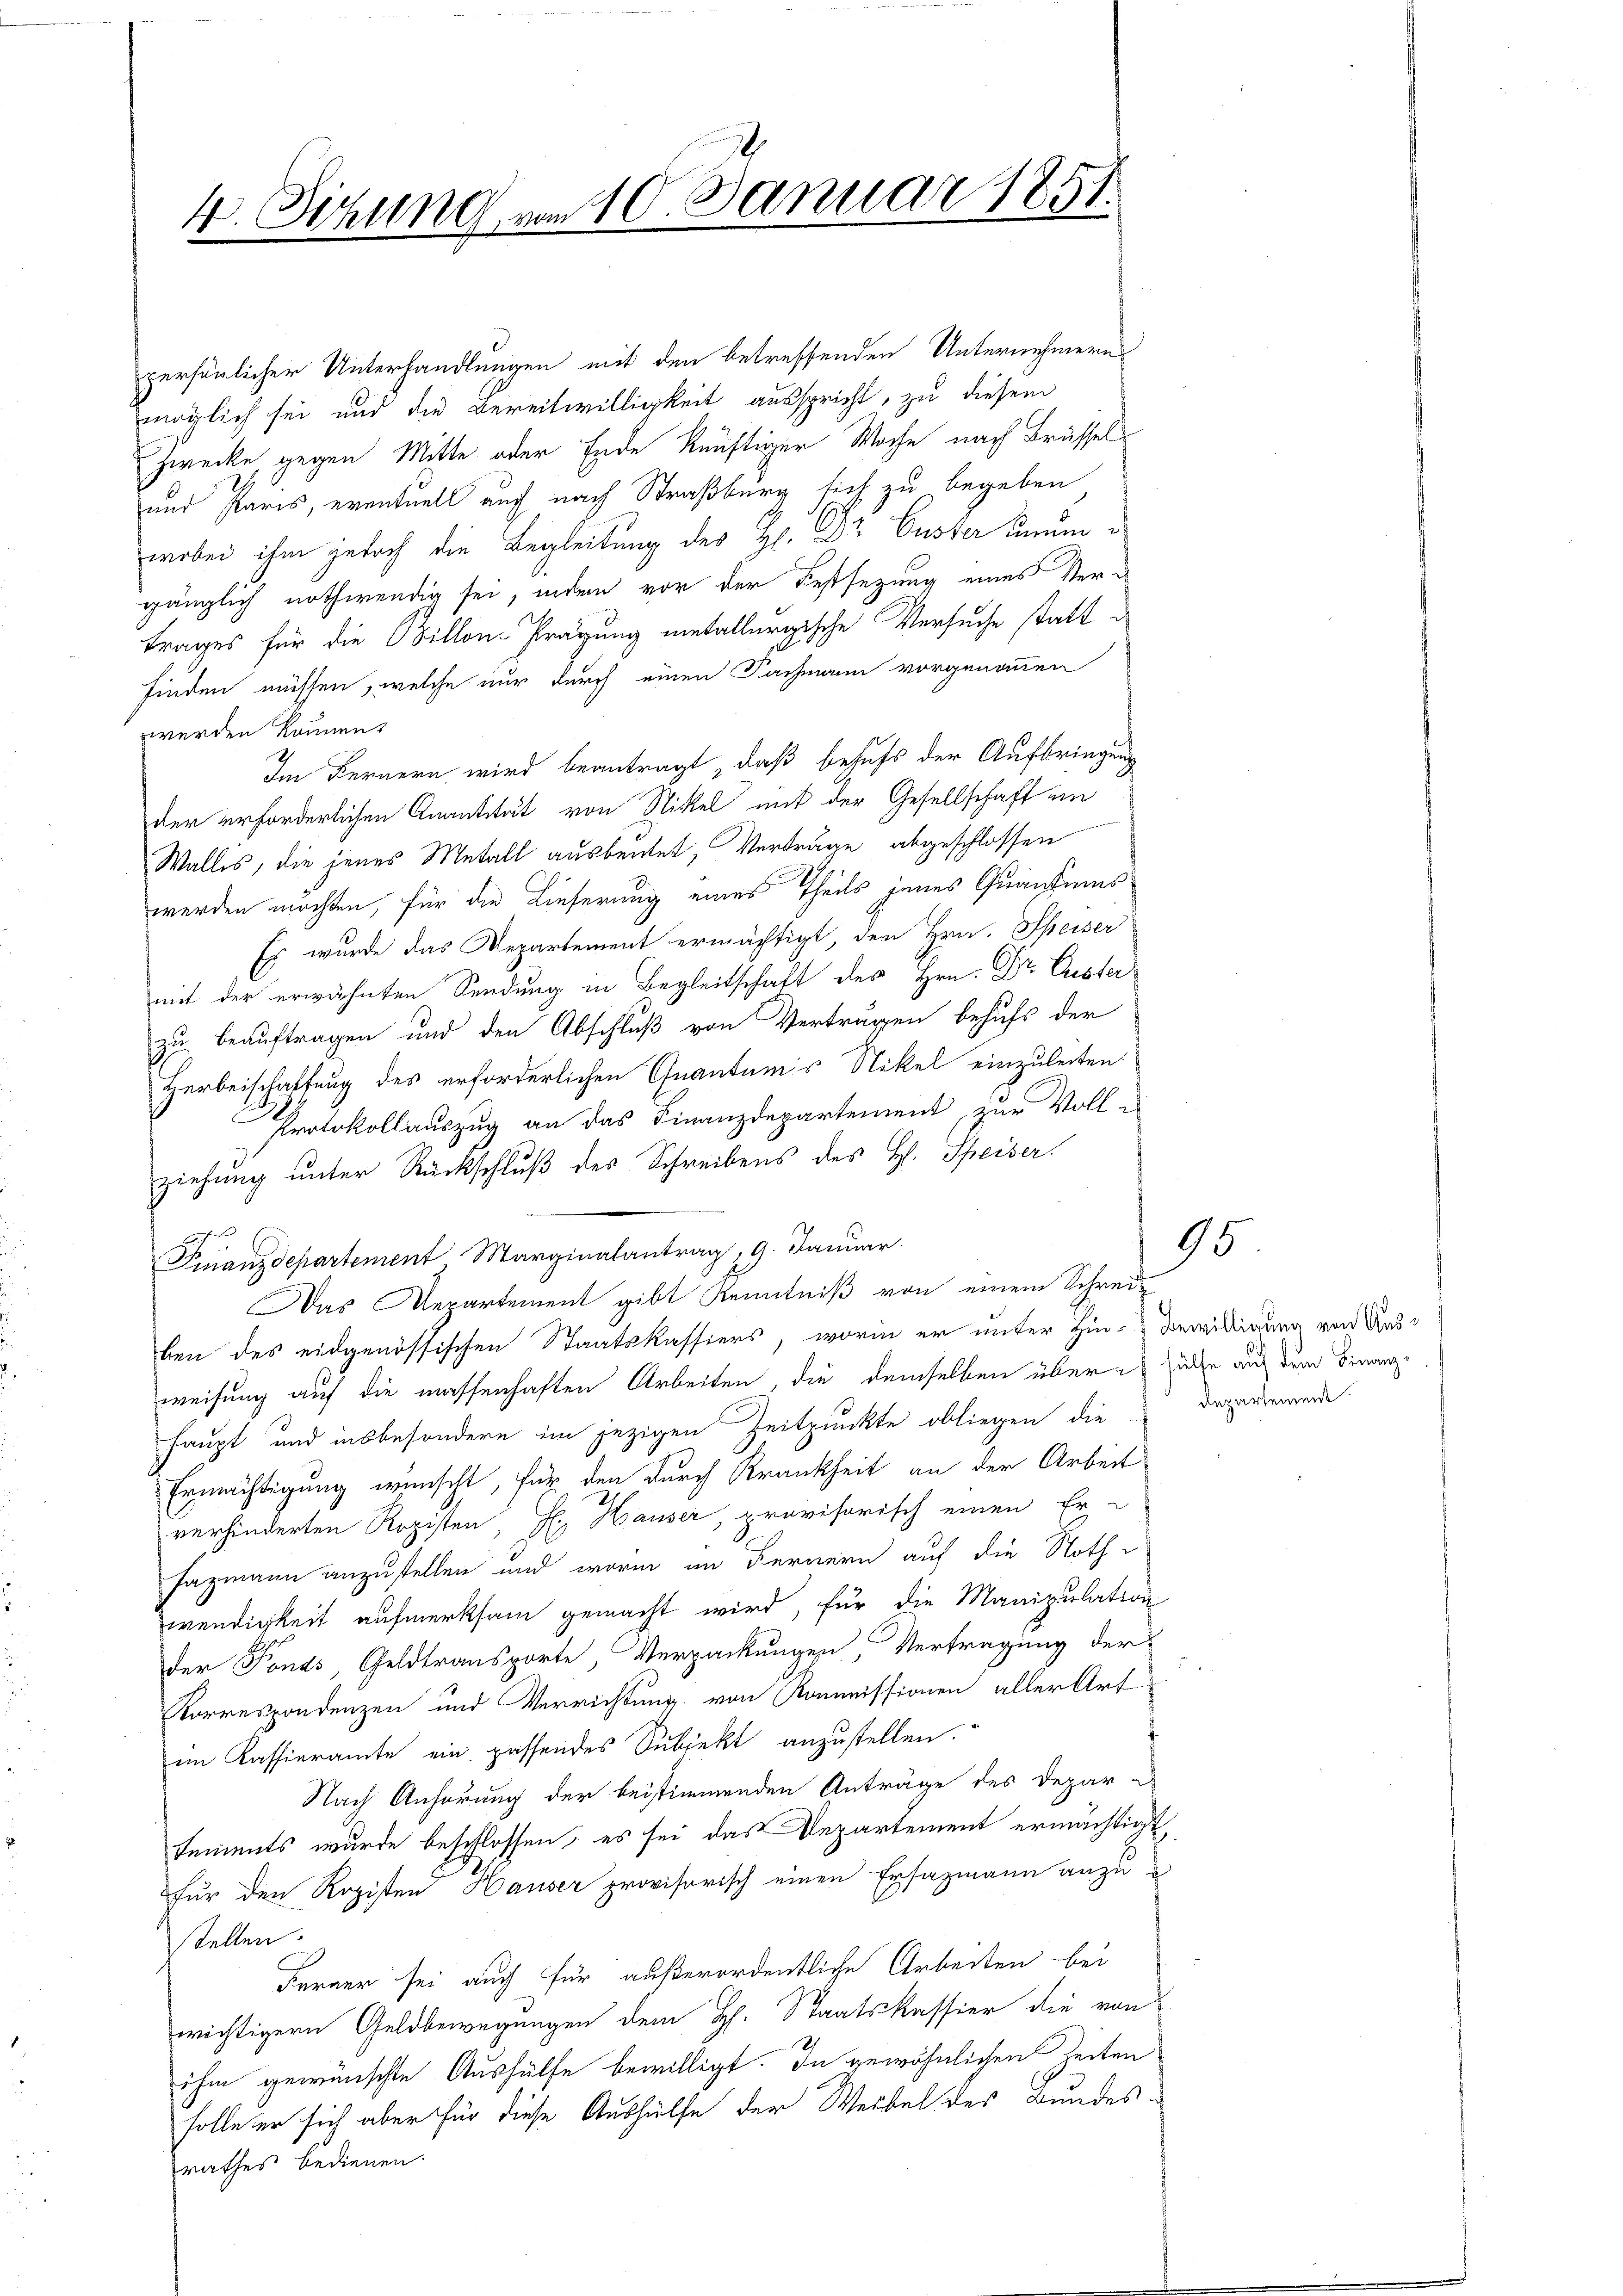
4. Sitzung vom 10. Januar 1851.

gänglich nothwendig sei, indem vor der Festsezung eines Vertrages für die Billon-Prägung metallergische Versuche statt d
finden müssen, welche nur durch einen Fachmann vorgenommen
werden können.
Im Fernern wird beantragt, daß behufs der Aufbringung
der erforderlichen Quantität von Nikel mit der Gesellschaft an
Wallis, die jenes Metall ausbeutet, Verträge abgeschlossen
werden möchten, für die Lieferung eines Theils jenes Quantums
Es wurde das Departement ermächtigt, den Hrn. Speiser
mit der erwähnten Sendung in Begleitschaft des Hrn. Dr Ester
zu beauftragen und den Abschluß von Verträgen behufs der
Herbeischaftung des erforderlichen Quantums Stikel einzuleiten.
Protokollauszug an das Finanzdepartement, zur Voll-

ziehung unter Rückschluß des Schreibens des H. Speiser
Finanzdepartement, Marginalantrag 19. Januar.
Das Departement gibt Kenntniß von einem Schreiben des eidgenössischen Staatskassiers, worin er unter Hin-Bewilligung von Ausweisung auf die massenhaften Arbeiten, die demselben über alle auf dem Finanz-
haupt und insbesondere im jezigen Zeitpunkte obliegen, die
Ermächtigung wünscht, für den durch Krankheit an der Arbeit
verhinderten Rozisten, H. Hauser, provisorisch einen Er-
Fazmann anzustellen und worin im Fernern auf die Noth
wendigkeit aufmerksam gemacht wird, für die Manipulation
der Fonds, Geldtransporte, Verpackungen, Vertragung der
Korrespondenzen und Verrichtung von Kommissionen aller Art
im Kassieramte ein passendes Subjekt anzustellen.
Nach Anhörung der beistimmenden Anträge des Depar-
tements wurde beschlossen, es sei das Departement ermächtigt,
für den Rogisten Hauser provisorisch einen Ersazmann anzustellen.
Ferner sei auch für außerordentliche Arbeiten bei
wichtigern Geldbewegungen dem H. Staatskassier die von
ihm gewünschte Aushülfe bewilligt. In gewöhnlichen Zeiten
solle er sich aber für diese Aushülfe der Weibel des Bundes-
rathes bedienen.

persönlicher Unterhandlungen mit den betreffenden Unternehmern
möglich sei und die Bereitwilligkeit ausspricht, zu diesem
Zwecke, gegen Mitte oder Ende künftiger Woche nach Brüssel
und Paris, eventuell auch nach Straßburg sich zu begeben
wobei ihm jedoch die Begleitung des H. Dr Custer unum¬

Repartement.

95